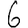
Digit: 6